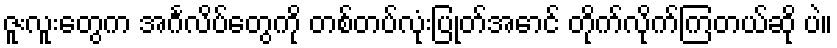
ဇူးလူးတွေက အင်္ဂလိပ်တွေကို တစ်တပ်လုံးပြုတ်အောင် တိုက်လိုက်ကြတယ်ဆို ပဲ။